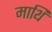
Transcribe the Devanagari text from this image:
माथि